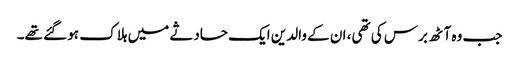
جب وہ آٹھ برس کی تھی، ان کے والدین ایک حادثے میں ہلاک ہو گئے تھے۔